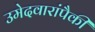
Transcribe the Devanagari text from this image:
उमेदवारांपैकी